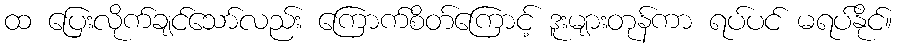
ထ ပြေးလိုက်ချင်သော်လည်း ကြောက်စိတ်ကြောင့် ဒူးများတုန်ကာ ရပ်ပင် မရပ်နိုင်။